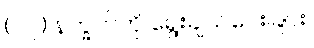
(၁၇) နက္ခတ်ကို ရွေးချယ်ပေးခြင်း၊